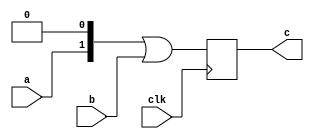
/*
 * Copyright (c) 2001 Stephen Williams (steve@icarus.com)
 *
 *    This source code is free software; you can redistribute it
 *    and/or modify it in source code form under the terms of the GNU
 *    General Public License as published by the Free Software
 *    Foundation; either version 2 of the License, or (at your option)
 *    any later version.
 *
 *    This program is distributed in the hope that it will be useful,
 *    but WITHOUT ANY WARRANTY; without even the implied warranty of
 *    MERCHANTABILITY or FITNESS FOR A PARTICULAR PURPOSE.  See the
 *    GNU General Public License for more details.
 *
 *    You should have received a copy of the GNU General Public License
 *    along with this program; if not, write to the Free Software
 *    Foundation, Inc., 59 Temple Place - Suite 330, Boston, MA 02111-1307, USA
 */

/*
 * This tests the primitive synthesis of a simple left shift.
 */

module test (clk,c,a,b);
input clk;
input a, b;
output [1:0] c;
reg [1:0] c;

(* ivl_synthesis_on *)
always @(posedge clk)
    c <= (a << 1) | b;

endmodule

module main;

   reg a, b, clk;
   wire [1:0] c;
   test dut (.clk(clk), .c(c), .a(a), .b(b));

   integer    x;
   (* ivl_synthesis_off *) 
   initial begin
      clk = 0;
      for (x = 0 ;  x < 4 ;  x = x+1) begin
	 a = x[1];
	 b = x[0];
	 #1 clk = 1;
	 #1 clk = 0;
	 if (c !== x[1:0]) begin
	    $display("FAILED == x=%0d (ab=%b%b), c=%b", x, a, b, c);
	    $finish;
	 end
      end

      $display("PASSED");
   end

endmodule // main